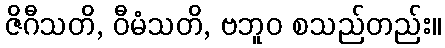
ဇိဂီသတိ, ဝီမံသတိ, ဗဘူဝ စသည်တည်း။